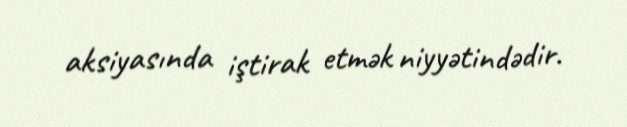
aksiyasında iştirak etmək niyyətindədir.